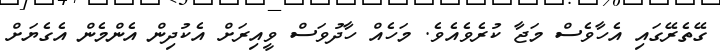
ގޭތެރޭގައި އެހާވެސް މަޖާ ކުރެވެއެވެ. މަހެއް ހާދުވަސް ވީއިރަށް އެކުދިން އެންމެން އެގެޔަށް